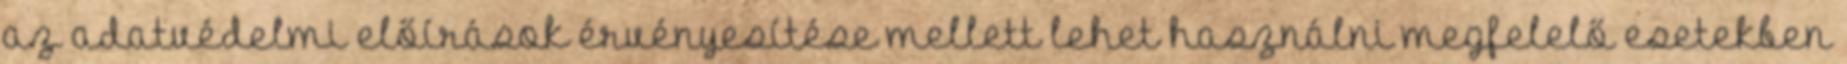
az adatvédelmi előírások érvényesítése mellett lehet használni megfelelő esetekben